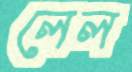
লেল